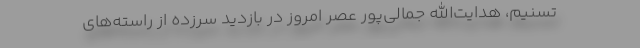
تسنیم، هدایت‌الله جمالی‌پور عصر امروز در بازدید سرزده از راسته‌های